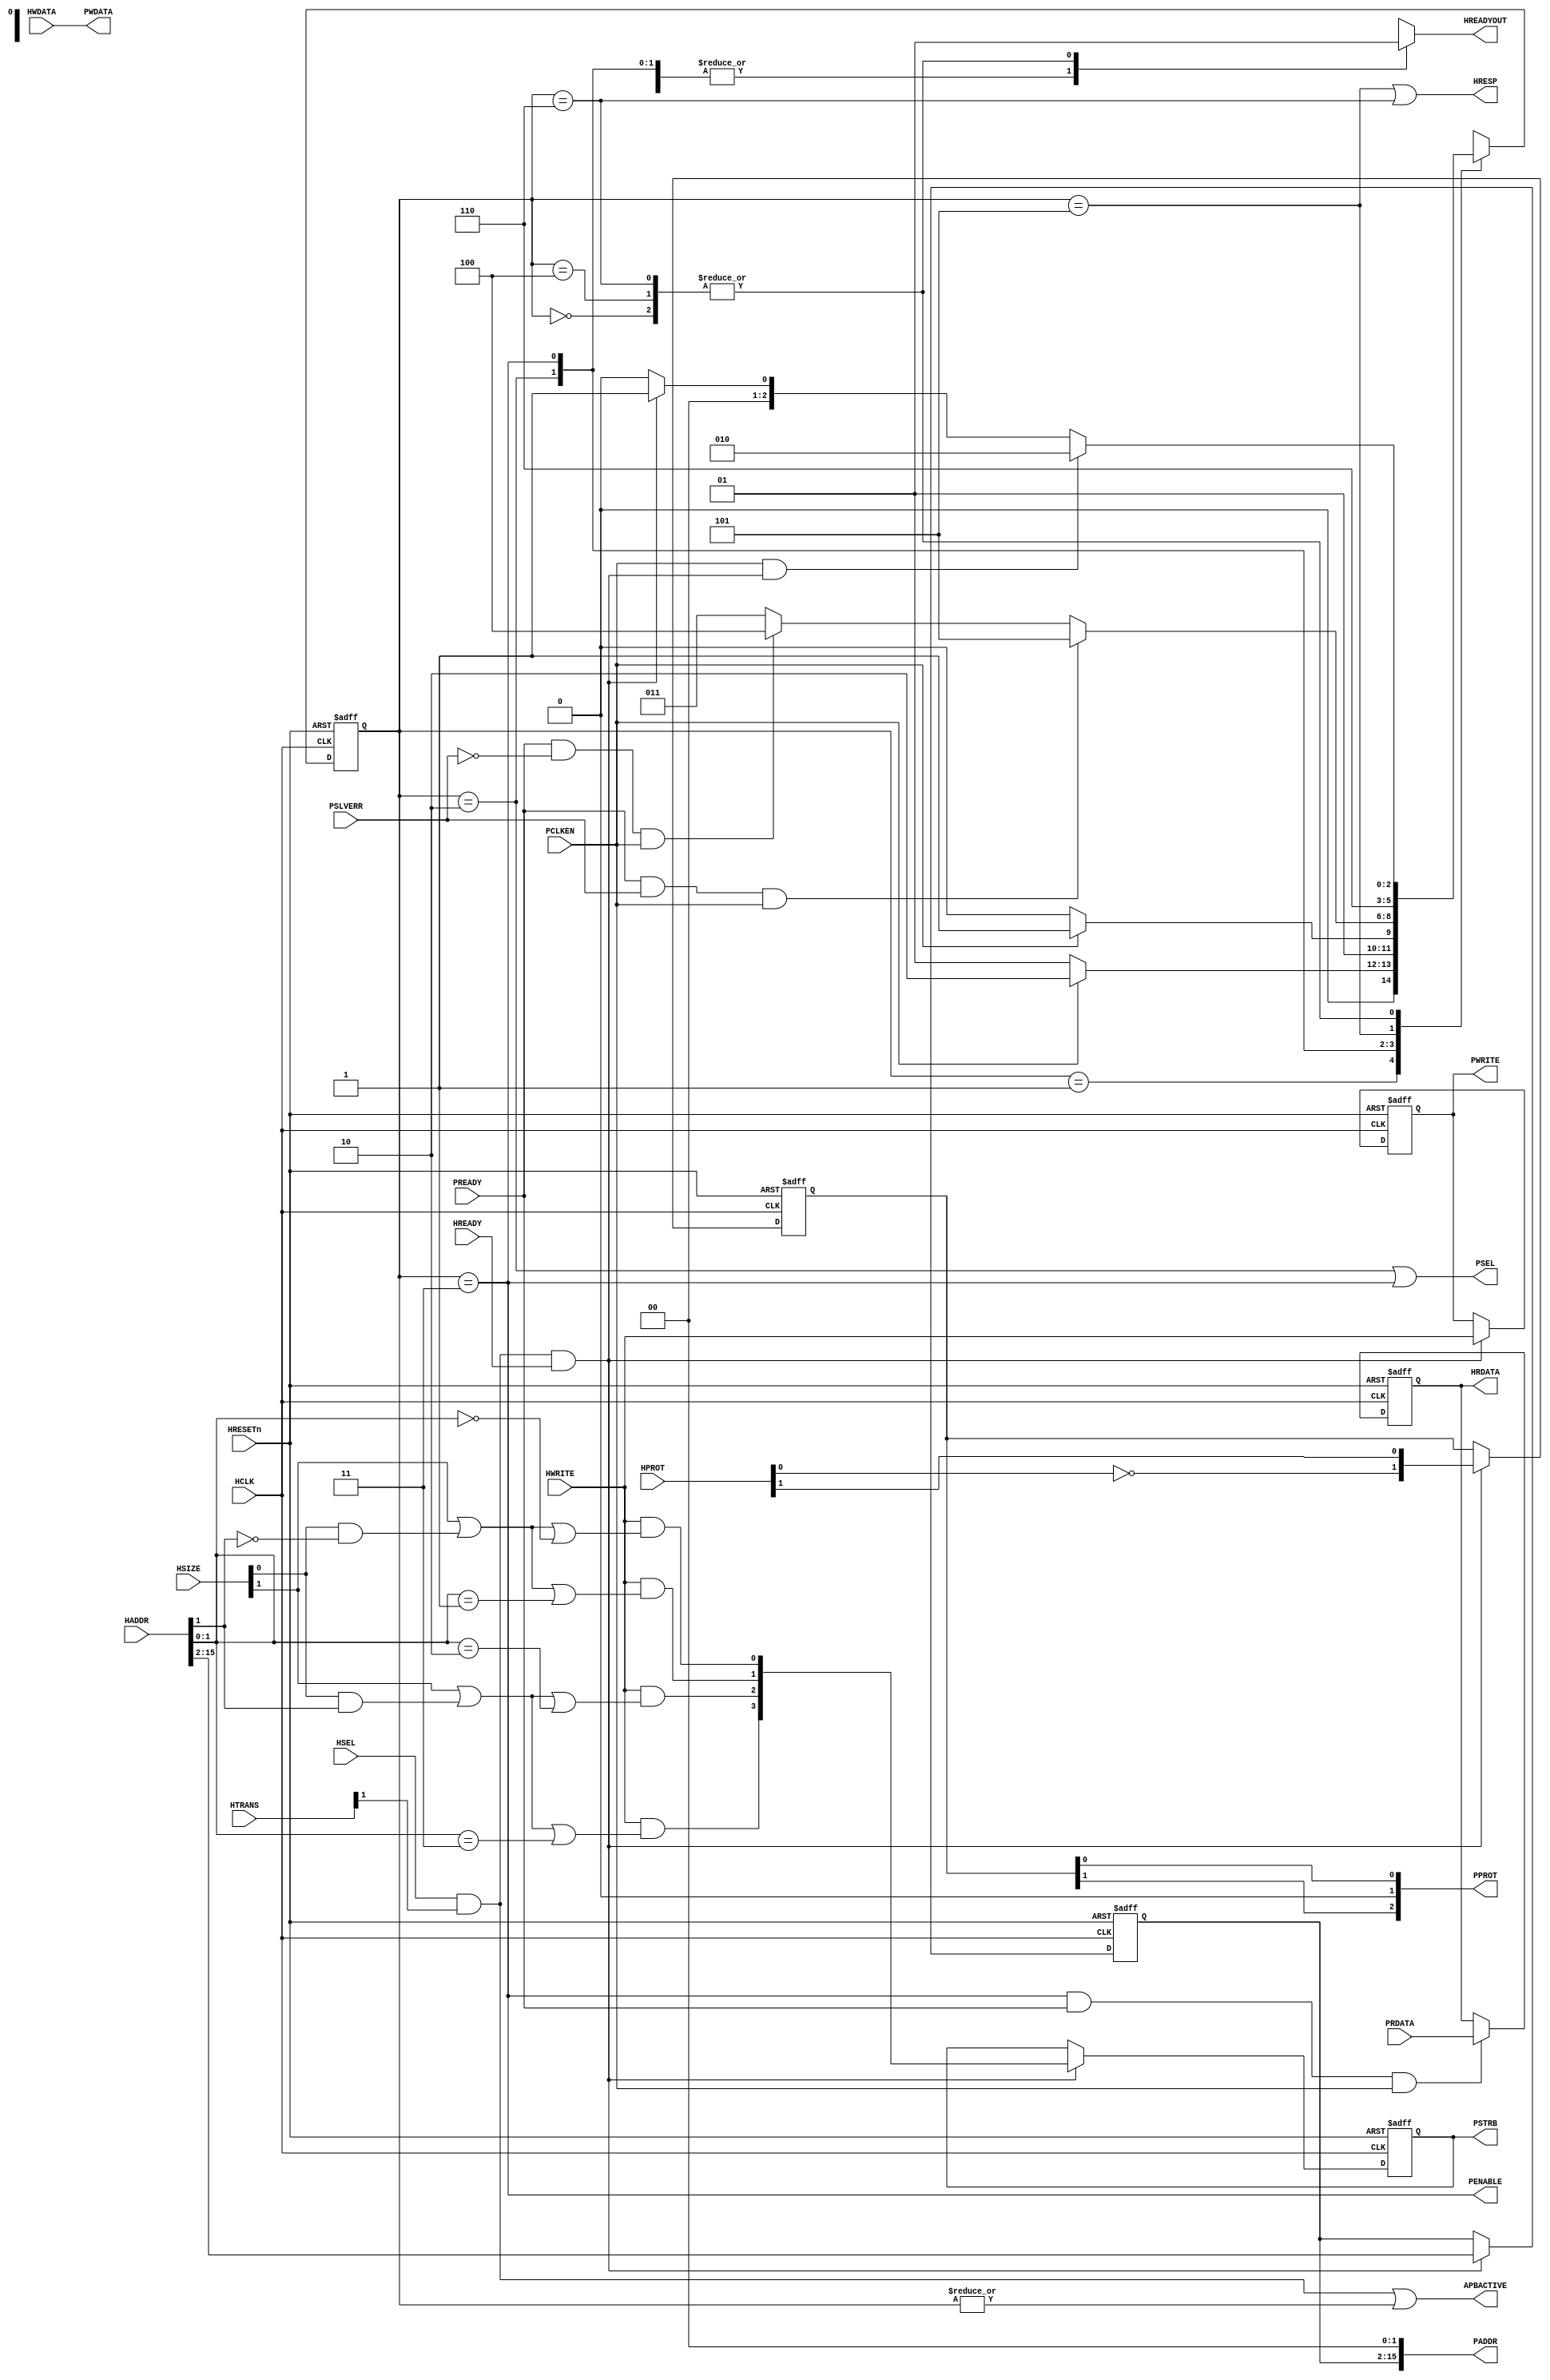
//-----------------------------------------------------------------------------
// The confidential and proprietary information contained in this file may
// only be used by a person authorised under and to the extent permitted
// by a subsisting licensing agreement from ARM Limited.
//
//            (C) COPYRIGHT 2010-2013 ARM Limited.
//                ALL RIGHTS RESERVED
//
// This entire notice must be reproduced on all copies of this file
// and copies of this file may only be made by a person if such person is
// permitted to do so under the terms of a subsisting license agreement
// from ARM Limited.
//
//      SVN Information
//
//      Checked In          : $Date: 2012-10-18 17:09:33 +0100 (Thu, 18 Oct 2012) $
//
//      Revision            : $Revision: 225826 $
//
//      Release Information : Cortex-M System Design Kit-r1p0-00rel0
//
//-----------------------------------------------------------------------------
//-----------------------------------------------------------------------------
// Abstract : Simple AHB to APB bridge
//-----------------------------------------------------------------------------
// The bridge requires PCLK synchronised to HCLK
// APB running at a clock divided from HCLK. E.g.
// - If PCLK is same as HCLK, set PCLKEN to 1
// - If PCLK is half the HCLK speed, toggle PCLKEN every HCLK cycle

module cmsdk_ahb_to_apb #(
  // Parameter to define address width
  // 16 = 2^16 = 64KB APB address space
  parameter     ADDRWIDTH = 16,
  parameter     REGISTER_RDATA = 1,
  parameter     REGISTER_WDATA = 0)
 (
// --------------------------------------------------------------------------
// Port Definitions
// --------------------------------------------------------------------------
  input  wire                 HCLK,      // Clock
  input  wire                 HRESETn,   // Reset
  input  wire                 PCLKEN,    // APB clock enable signal

  input  wire                 HSEL,      // Device select
  input  wire [ADDRWIDTH-1:0] HADDR,     // Address
  input  wire           [1:0] HTRANS,    // Transfer control
  input  wire           [2:0] HSIZE,     // Transfer size
  input  wire           [3:0] HPROT,     // Protection control
  input  wire                 HWRITE,    // Write control
  input  wire                 HREADY,    // Transfer phase done
  input  wire          [31:0] HWDATA,    // Write data

  output reg                  HREADYOUT, // Device ready
  output wire          [31:0] HRDATA,    // Read data output
  output wire                 HRESP,     // Device response
                                         // APB Output
  output wire [ADDRWIDTH-1:0] PADDR,     // APB Address
  output wire                 PENABLE,   // APB Enable
  output wire                 PWRITE,    // APB Write
  output wire           [3:0] PSTRB,     // APB Byte Strobe
  output wire           [2:0] PPROT,     // APB Prot
  output wire          [31:0] PWDATA,    // APB write data
  output wire                 PSEL,      // APB Select

  output wire                 APBACTIVE, // APB bus is active, for clock gating
                                         // of APB bus

                                         // APB Input
  input  wire          [31:0] PRDATA,    // Read data for each APB slave
  input  wire                 PREADY,    // Ready for each APB slave
  input  wire                 PSLVERR);  // Error state for each APB slave

  // --------------------------------------------------------------------------
  // Internal wires
  // --------------------------------------------------------------------------

  reg  [ADDRWIDTH-3:0]   addr_reg;    // Address sample register
  reg                    wr_reg;      // Write control sample register
  reg            [2:0]   state_reg;   // State for finite state machine

  reg            [3:0]   pstrb_reg;   // Byte lane strobe register
  wire           [3:0]   pstrb_nxt;   // Byte lane strobe next state
  reg            [1:0]   pprot_reg;   // PPROT register
  wire           [1:0]   pprot_nxt;   // PPROT register next state

  wire                   apb_select;   // APB bridge is selected
  wire                   apb_tran_end; // Transfer is completed on APB
  reg            [2:0]   next_state;   // Next state for finite state machine
  reg           [31:0]   rwdata_reg;   // Read/Write data sample register

  wire                   reg_rdata_cfg; // REGISTER_RDATA paramater
  wire                   reg_wdata_cfg; // REGISTER_WDATA paramater

  reg                    sample_wdata_reg; // Control signal to sample HWDATA

   // -------------------------------------------------------------------------
   // State machine
   // -------------------------------------------------------------------------

   localparam ST_BITS = 3;

   localparam [ST_BITS-1:0] ST_IDLE      = 3'b000; // Idle waiting for transaction
   localparam [ST_BITS-1:0] ST_APB_WAIT  = 3'b001; // Wait APB transfer
   localparam [ST_BITS-1:0] ST_APB_TRNF  = 3'b010; // Start APB transfer
   localparam [ST_BITS-1:0] ST_APB_TRNF2 = 3'b011; // Second APB transfer cycle
   localparam [ST_BITS-1:0] ST_APB_ENDOK = 3'b100; // Ending cycle for OKAY
   localparam [ST_BITS-1:0] ST_APB_ERR1  = 3'b101; // First cycle for Error response
   localparam [ST_BITS-1:0] ST_APB_ERR2  = 3'b110; // Second cycle for Error response
   localparam [ST_BITS-1:0] ST_ILLEGAL   = 3'b111; // Illegal state

  // --------------------------------------------------------------------------
  // Start of main code
  // --------------------------------------------------------------------------
  // Configuration signal
  assign reg_rdata_cfg = (REGISTER_RDATA==0) ? 1'b0 : 1'b1;
  assign reg_wdata_cfg = (REGISTER_WDATA==0) ? 1'b0 : 1'b1;

  // Generate APB bridge select
  assign apb_select = HSEL & HTRANS[1] & HREADY;
  // Generate APB transfer ended
  assign apb_tran_end = (state_reg==3'b011) & PREADY;

  assign pprot_nxt[0] =  HPROT[1];  // (0) Normal, (1) Privileged
  assign pprot_nxt[1] = ~HPROT[0];  // (0) Data, (1) Instruction

  // Byte strobe generation
  // - Only enable for write operations
  // - For word write transfers (HSIZE[1]=1), all byte strobes are 1
  // - For hword write transfers (HSIZE[0]=1), check HADDR[1]
  // - For byte write transfers, check HADDR[1:0]
  assign pstrb_nxt[0] = HWRITE & ((HSIZE[1])|((HSIZE[0])&(~HADDR[1]))|(HADDR[1:0]==2'b00));
  assign pstrb_nxt[1] = HWRITE & ((HSIZE[1])|((HSIZE[0])&(~HADDR[1]))|(HADDR[1:0]==2'b01));
  assign pstrb_nxt[2] = HWRITE & ((HSIZE[1])|((HSIZE[0])&( HADDR[1]))|(HADDR[1:0]==2'b10));
  assign pstrb_nxt[3] = HWRITE & ((HSIZE[1])|((HSIZE[0])&( HADDR[1]))|(HADDR[1:0]==2'b11));

  // Sample control signals
  always @(posedge HCLK or negedge HRESETn)
  begin
  if (~HRESETn)
    begin
    addr_reg  <= {(ADDRWIDTH-2){1'b0}};
    wr_reg    <= 1'b0;
    pprot_reg <= {2{1'b0}};
    pstrb_reg <= {4{1'b0}};
    end
  else if (apb_select) // Capture transfer information at the end of AHB address phase
    begin
    addr_reg  <= HADDR[ADDRWIDTH-1:2];
    wr_reg    <= HWRITE;
    pprot_reg <= pprot_nxt;
    pstrb_reg <= pstrb_nxt;
    end
  end

  // Sample write data control signal
  // Assert after write address phase, deassert after PCLKEN=1
  wire sample_wdata_set = apb_select & HWRITE & reg_wdata_cfg;
  wire sample_wdata_clr = sample_wdata_reg & PCLKEN;

  always @(posedge HCLK or negedge HRESETn)
  begin
  if (~HRESETn)
    sample_wdata_reg <= 1'b0;
  else if (sample_wdata_set | sample_wdata_clr)
    sample_wdata_reg <= sample_wdata_set;
  end

  // Generate next state for FSM
  // Note : case 3'b111 is not used.  The design has been checked that
  //        this illegal state cannot be entered using formal verification.
  always @(state_reg or PREADY or PSLVERR or apb_select or reg_rdata_cfg or
           PCLKEN or reg_wdata_cfg or HWRITE)
    begin
    case (state_reg)
     // Idle
     ST_IDLE :
     begin
        if (PCLKEN & apb_select & ~(reg_wdata_cfg & HWRITE))
           next_state = ST_APB_TRNF; // Start APB transfer in next cycle
        else if (apb_select)
           next_state = ST_APB_WAIT; // Wait for start of APB transfer at PCLKEN high
        else
           next_state = ST_IDLE; // Remain idle
     end
     // Transfer announced on AHB, but PCLKEN was low, so waiting
     ST_APB_WAIT :
     begin
        if (PCLKEN)
           next_state = ST_APB_TRNF; // Start APB transfer in next cycle
        else
           next_state = ST_APB_WAIT; // Wait for start of APB transfer at PCLKEN high
     end
     // First APB transfer cycle
     ST_APB_TRNF :
     begin
        if (PCLKEN)
           next_state = ST_APB_TRNF2;   // Change to second cycle of APB transfer
        else
           next_state = ST_APB_TRNF;   // Change to state-2
     end
     // Second APB transfer cycle
     ST_APB_TRNF2 :
     begin
        if (PREADY & PSLVERR & PCLKEN) // Error received - Generate two cycle
           // Error response on AHB by
           next_state = ST_APB_ERR1; // Changing to state-5 and 6
        else if (PREADY & (~PSLVERR) & PCLKEN) // Okay received
        begin
           if (reg_rdata_cfg)
              // Registered version
              next_state = ST_APB_ENDOK; // Generate okay response in state 4
           else
              // Non-registered version
              next_state = {2'b00, apb_select}; // Terminate transfer
        end
        else // Slave not ready
           next_state = ST_APB_TRNF2; // Unchange
     end
     // Ending cycle for OKAY (registered response)
     ST_APB_ENDOK :
     begin
         if (PCLKEN & apb_select & ~(reg_wdata_cfg & HWRITE))
            next_state = ST_APB_TRNF; // Start APB transfer in next cycle
         else if (apb_select)
            next_state = ST_APB_WAIT; // Wait for start of APB transfer at PCLKEN high
         else
            next_state = ST_IDLE; // Remain idle
     end
     // First cycle for Error response
     ST_APB_ERR1 : next_state = ST_APB_ERR2; // Goto 2nd cycle of error response
     // Second cycle for Error response
     ST_APB_ERR2 :
     begin
        if (PCLKEN & apb_select & ~(reg_wdata_cfg & HWRITE))
           next_state = ST_APB_TRNF; // Start APB transfer in next cycle
        else if (apb_select)
           next_state = ST_APB_WAIT; // Wait for start of APB transfer at PCLKEN high
        else
           next_state = ST_IDLE; // Remain idle
     end
     default : // Not used
            next_state = 3'bxxx; // X-Propagation
    endcase
    end

  // Registering state machine
  always @(posedge HCLK or negedge HRESETn)
  begin
  if (~HRESETn)
    state_reg <= 3'b000;
  else
    state_reg <= next_state;
  end

  // Sample PRDATA or HWDATA
  always @(posedge HCLK or negedge HRESETn)
  begin
  if (~HRESETn)
    rwdata_reg <= {32{1'b0}};
  else
    if (sample_wdata_reg & reg_wdata_cfg & PCLKEN)
      rwdata_reg <= HWDATA;
    else if (apb_tran_end & reg_rdata_cfg & PCLKEN)
      rwdata_reg <= PRDATA;
  end

  // Connect outputs to top level
  assign PADDR   = {addr_reg, 2'b00}; // from sample register
  assign PWRITE  = wr_reg;            // from sample register
  // From sample register or from HWDATA directly
  assign PWDATA  = (reg_wdata_cfg) ? rwdata_reg : HWDATA;
  assign PSEL    = (state_reg==ST_APB_TRNF) | (state_reg==ST_APB_TRNF2);
  assign PENABLE = (state_reg==ST_APB_TRNF2);
  assign PPROT   = {pprot_reg[1], 1'b0, pprot_reg[0]};
  assign PSTRB   = pstrb_reg[3:0];

  // Generate HREADYOUT
  always @(state_reg or reg_rdata_cfg or PREADY or PSLVERR or PCLKEN)
  begin
    case (state_reg)
      ST_IDLE      : HREADYOUT = 1'b1; // Idle
      ST_APB_WAIT  : HREADYOUT = 1'b0; // Transfer announced on AHB, but PCLKEN was low, so waiting
      ST_APB_TRNF  : HREADYOUT = 1'b0; // First APB transfer cycle
         // Second APB transfer cycle:
         // if Non-registered feedback version, and APB transfer completed without error
         // Then response with ready immediately. If registered feedback version,
         // wait until state_reg==ST_APB_ENDOK
      ST_APB_TRNF2 : HREADYOUT = (~reg_rdata_cfg) & PREADY & (~PSLVERR) & PCLKEN;
      ST_APB_ENDOK : HREADYOUT = reg_rdata_cfg; // Ending cycle for OKAY (registered response only)
      ST_APB_ERR1  : HREADYOUT = 1'b0; // First cycle for Error response
      ST_APB_ERR2  : HREADYOUT = 1'b1; // Second cycle for Error response
      default: HREADYOUT = 1'bx; // x propagation (note :3'b111 is illegal state)
    endcase
  end

  // From sample register or from PRDATA directly
  assign HRDATA = (reg_rdata_cfg) ? rwdata_reg : PRDATA;
  assign HRESP  = (state_reg==ST_APB_ERR1) | (state_reg==ST_APB_ERR2);

  assign APBACTIVE = (HSEL & HTRANS[1]) | (|state_reg);

`ifdef ARM_AHB_ASSERT_ON
   // ------------------------------------------------------------
   // Assertions
   // ------------------------------------------------------------
`include "std_ovl_defines.h"
   // Capture last read APB data
  reg [31:0] ovl_last_read_apb_data_reg;
  always @(posedge HCLK or negedge HRESETn)
  begin
  if (~HRESETn)
    ovl_last_read_apb_data_reg <= {32{1'b0}};
  else if (PREADY & PENABLE & (~PWRITE) & PSEL & PCLKEN)
    ovl_last_read_apb_data_reg <= PRDATA;
  end

  // Capture last APB response, clear at start of APB transfer
  reg        ovl_last_read_apb_resp_reg;
  always @(posedge HCLK or negedge HRESETn)
  begin
  if (~HRESETn)
    ovl_last_read_apb_resp_reg <= 1'b0;
  else
    begin
    if (PCLKEN)
      begin
      if (PREADY & PSEL)
         ovl_last_read_apb_resp_reg <= PSLVERR & PENABLE;
      else if (PSEL)
         ovl_last_read_apb_resp_reg <= 1'b0;
      end
    end
  end

  // Create signal to indicate data phase
  reg        ovl_ahb_data_phase_reg;
  wire       ovl_ahb_data_phase_nxt = HSEL & HTRANS[1];

  always @(posedge HCLK or negedge HRESETn)
  begin
  if (~HRESETn)
    ovl_ahb_data_phase_reg <= 1'b0;
  else if (HREADY)
    ovl_ahb_data_phase_reg <= ovl_ahb_data_phase_nxt;
  end

generate
      if(REGISTER_RDATA!=0) begin : gen_ovl_read_data_mistmatch

  // Last read APB data should be the same as HRDATA, unless there is an error response
  // (Only check if using registered read data config. Otherwise HRDATA is directly connected
  // to PRDATA so no need to have OVL check)
   assert_implication
     #(`OVL_ERROR,`OVL_ASSERT,
       "Read data mismatch")
   u_ovl_read_data_mistmatch
     (.clk(HCLK), .reset_n(HRESETn),
      .antecedent_expr(ovl_ahb_data_phase_reg & (~wr_reg) & HREADYOUT & (~HRESP)),
      .consequent_expr(ovl_last_read_apb_data_reg==HRDATA)
      );
      end
endgenerate

  // AHB response should match APB response
   assert_implication
     #(`OVL_ERROR,`OVL_ASSERT,
       "Response mismatch")
   u_ovl_resp_mistmatch
     (.clk(HCLK), .reset_n(HRESETn),
      .antecedent_expr(ovl_ahb_data_phase_reg & HREADYOUT),
      .consequent_expr(ovl_last_read_apb_resp_reg==HRESP)
      );

  // APBACTIVE should be high before and during APB transfers
   assert_implication
     #(`OVL_ERROR,`OVL_ASSERT,
       "APBACTIVE should be active when PSEL is high")
   u_ovl_apbactive_1
     (.clk(HCLK), .reset_n(HRESETn),
      .antecedent_expr(PSEL),
      .consequent_expr(APBACTIVE)
      );

   assert_implication
     #(`OVL_ERROR,`OVL_ASSERT,
       "APBACTIVE should be active when there is an active transfer (data phase)")
   u_ovl_apbactive_2
     (.clk(HCLK), .reset_n(HRESETn),
      .antecedent_expr(~HREADYOUT),
      .consequent_expr(APBACTIVE)
      );

   assert_implication
     #(`OVL_ERROR,`OVL_ASSERT,
       "APBACTIVE should be active when AHB to APB bridge is selected")
   u_ovl_apbactive_3
     (.clk(HCLK), .reset_n(HRESETn),
      .antecedent_expr((HSEL & HTRANS[1])),
      .consequent_expr(APBACTIVE)
      );

  // Create register to check a transfer on AHB side result in a transfer in APB side
  reg        ovl_transfer_started_reg;
  // Set by transfer starting, clear by PSEL
  wire       ovl_transfer_started_nxt = (HREADY & ovl_ahb_data_phase_nxt) |
                                    (ovl_transfer_started_reg & (~PSEL));

  always @(posedge HCLK or negedge HRESETn)
  begin
  if (~HRESETn)
    ovl_transfer_started_reg <= 1'b0;
  else
    ovl_transfer_started_reg <= ovl_transfer_started_nxt;
  end

  // Check a valid transfer must result in an APB transfer
   assert_never
     #(`OVL_ERROR,`OVL_ASSERT,
       "APB transfer missing.")
   u_ovl_apb_transfer_missing
     (.clk(HCLK), .reset_n(HRESETn),
      .test_expr(HREADY & ovl_ahb_data_phase_nxt & ovl_transfer_started_reg)
      );

   // Ensure state_reg must not be 3'b111
   assert_never
     #(`OVL_ERROR,`OVL_ASSERT,
       "state_reg in illegal state")
   u_ovl_rx_state_illegal
     (.clk(HCLK), .reset_n(HRESETn),
      .test_expr(state_reg==ST_ILLEGAL));

`endif

endmodule